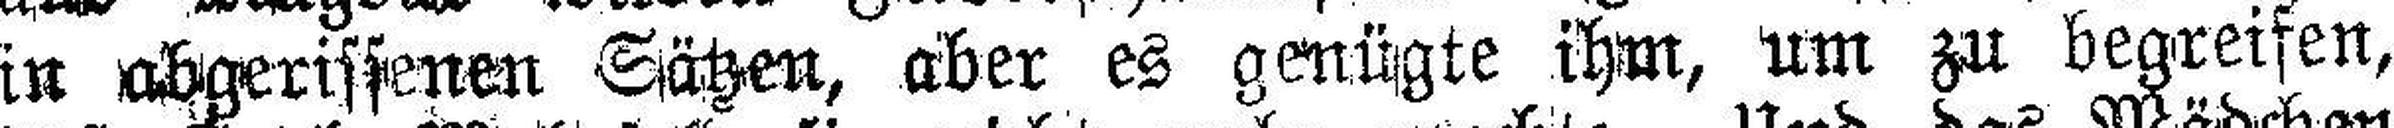
in abgerissenen Sätzen, aber es genügte ihm, um zu begreifen,